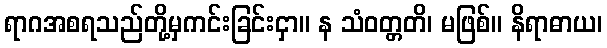
ရာဂအစရသည်တို့မှကင်းခြင်းငှာ။ န သံဝတ္တတိ၊ မဖြစ်။ နိရာဓာယ၊